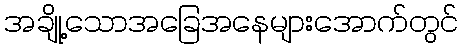
အချို့သောအခြေအနေများအောက်တွင်